Vaccination North-Western Provinces and Oudh 1878-1895 - 1878-1895
Year: 1878
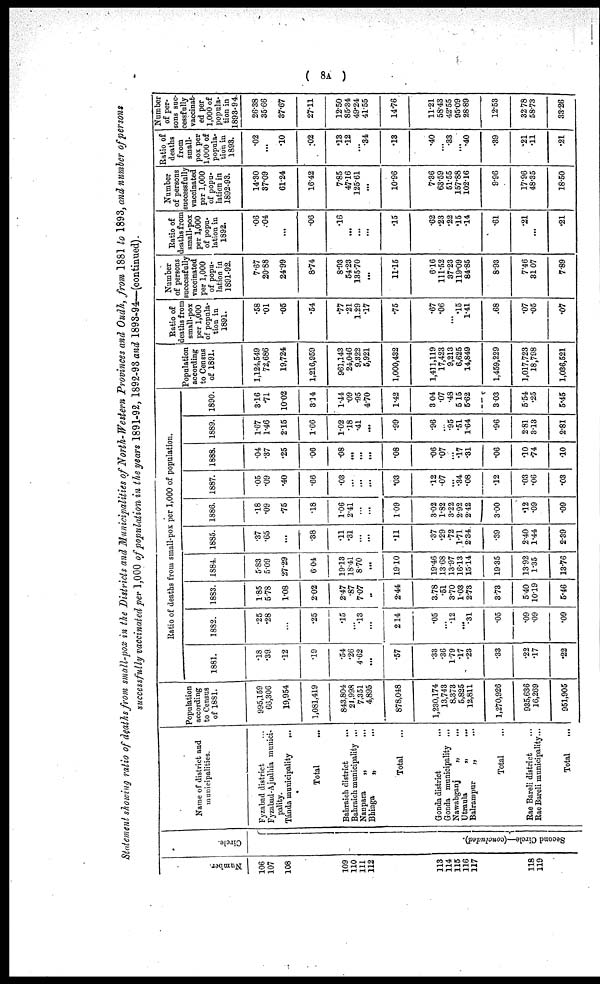
( 8A )
Statement showing ratio of deaths from small-pox in the Districts and Municipalities of North-Western Provinces and Oudh, from 1881 to 1893, and number of persons
successfully vaccinated per 1,000 of population in the years 1891-92, 1892-93 and 1893-94—(continued).
Number.
106
107
108
109
110
111
112
113
114
115
116
117
118
119
Circle.
Second Circle—(concluded).
Name of district and
municipalities.
Fyzabad district ...
Fyzabad-Ajudhia munici-
pality.
Tánda municipality
...
Total ...
Bahraich district
...
Bahraich municipality ...
Nanpara
„ ...
Bhinga
„ ...
Total ...
Gonda district
...
Gonda municipality ...
Nawabganj
„
...
Utraula „ ...
Balrampur
„
...
Total ...
Rae Bareli district ...
Rae Bareli municipality...
Total ...
Population
according
to Census
of 1881.
995,159
66,306
19,954
1,081,419
843,804
21,998
7,351
4,895
878,048
1,230,174
13,743
8,373
5,825
12,811
1,270,926
935,636
16,269
951,905
Ratio of deaths from small-pox per 1,000 of population.
1881.
.18
.39
.12
.19
.54
.26
4.62
...
.57
.33
.36
1.79
.17
.23
.33
.22
.17
.22
1882.
.25
.28
...
.25
.15
...
.13
...
2.14
.05
...
.12
...
.31
.05
.09
.09
.09
1883.
1.85
578
1.08
2.02
2.47
.87
7.07
2.44
3.78
.51
3.70
1.03
2.73
3.73
5.40
10.19
5.46
1884.
5.83
5.09
27.29
6 04
1913
18.41
8.70
...
1910
19.46
13.68
13.97
16.13
15.14
19.35
13.92
1.35
13.76
1885.
.37
.65
...
.38
.11
.31
...
...
.11
.37
.29
.72
1.71
2.34
.39
2.40
1.44
2.39
1886.
.18
.09
.75
.18
1.06
2.41
...
...
1.09
3.02
1.82
3.22
2.92
2.42
3.00
.12
.09
.09
1887.
.05
.09
.40
.66
.03
...
...
...
.03
.12
.07
...
.34
.08
.12
.03
.06
.03
1888.
.04
.37
.25
.06
.08
...
...
...
.08
.06
.07
...
.17
.31
.06
.10
.74
.10
1889.
1.67
1.46
2.15
1.66
1.02
.18
.41
...
.99
.96
...
.95
.51
1.64
.96
2.81
3.13
2.81
1890.
3.16
.71
10.02
3.14
1.44
.09
.95
4.70
1.42
3.04
.07
.48
5.15
5.62
3.03
5.54
.25
5.45
Population
according
to Census
of 1891.
1,124,549
72,686
19,724
1,216,959
961,143
24,046
9,322
5,921
1,000,432
1,411,119
17,423
9,213
6,625
14,849
1,459,229
1,017,723
18,798
1,036,521
Ratio of
deaths from
small-pox
per 1,000
of popula-
tion in
1891.
.58
.01
.05
.54
.77
.21
1.29
.17
.75
.67
.06
...
.15
1.41
.68
.07
.05
.07
Number
of persons
successfully
vaccinated
per 1,000
of popu-
lation in
1891-92.
7.67
20.88
24.99
8.74
8.93
54.23
135.70
...
11.15
6.16
111.52
37.23
119.09
84.85
8.93
7.46
31.07
7.89
Ratio of
deaths from
small-pox
per 1,000
of popu-
lation in
1892.
.06
.04
...
.06
.16
...
...
...
.15
.62
.23
.22
.15
.14
.61
.21
...
.21
Number
of persons
successfully
vaccinated
per 1,000
of popu-
lation in
1892-93.
14.30
37.09
61.24
16.42
7.85
47.16
125.61
...
10.96
7.36
63.59
51.55
157.88
102.16
9.96
17.96
48.35
18.50
Ratio of
deaths
from
small-
pox per
1,000 of
popula-
tion in
1893.
.02
...
.10
.02
.13
.12
...
.34
.13
.40
...
.33
...
.40
.39
.21
.11
.21
Number
of per-
sons suc-
cessfully
vaccinat-
ed per
1,000 of
popula-
tion in
1893-94.
26.38
35.66
37.67
27.11
12.50
85.34
49.24
41.55
14.76
11.21
58.43
42.55
95.09
28.89
12.53
32 78
58.73
33.26